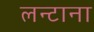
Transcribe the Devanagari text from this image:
लन्टाना